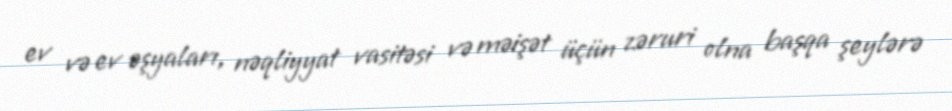
ev və ev əşyaları, nəqliyyat vasitəsi və məişət üçün zəruri olna başqa şeylərə